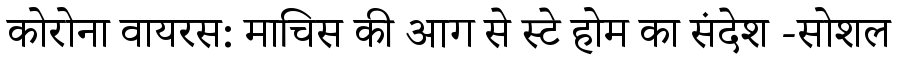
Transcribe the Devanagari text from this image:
कोरोना वायरस: माचिस की आग से स्टे होम का संदेश -सोशल